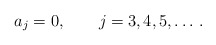
\begin{align*}a_j=0,\qquad j=3,4,5, \dots\, {.} \end{align*}